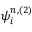
\ensuremath { \boldsymbol { \psi } } _ { i } ^ { n , ( 2 ) }